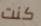
كنت